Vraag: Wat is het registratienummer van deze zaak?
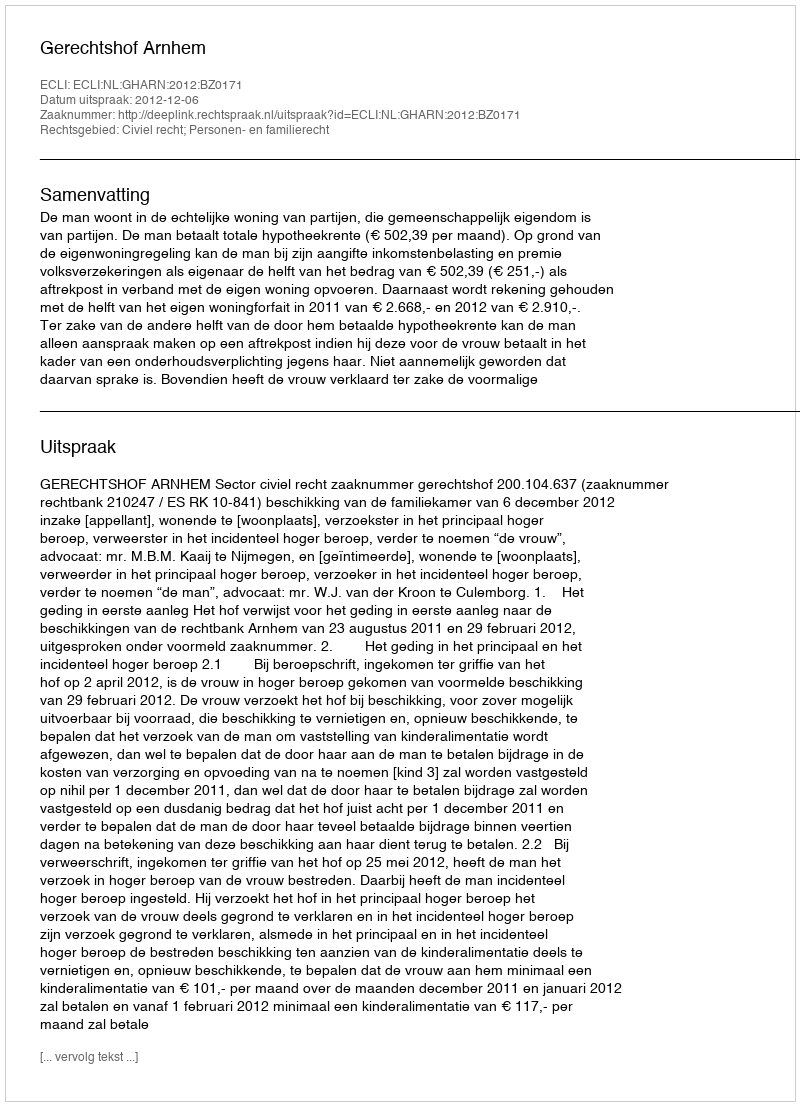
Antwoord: http://deeplink.rechtspraak.nl/uitspraak?id=ECLI:NL:GHARN:2012:BZ0171